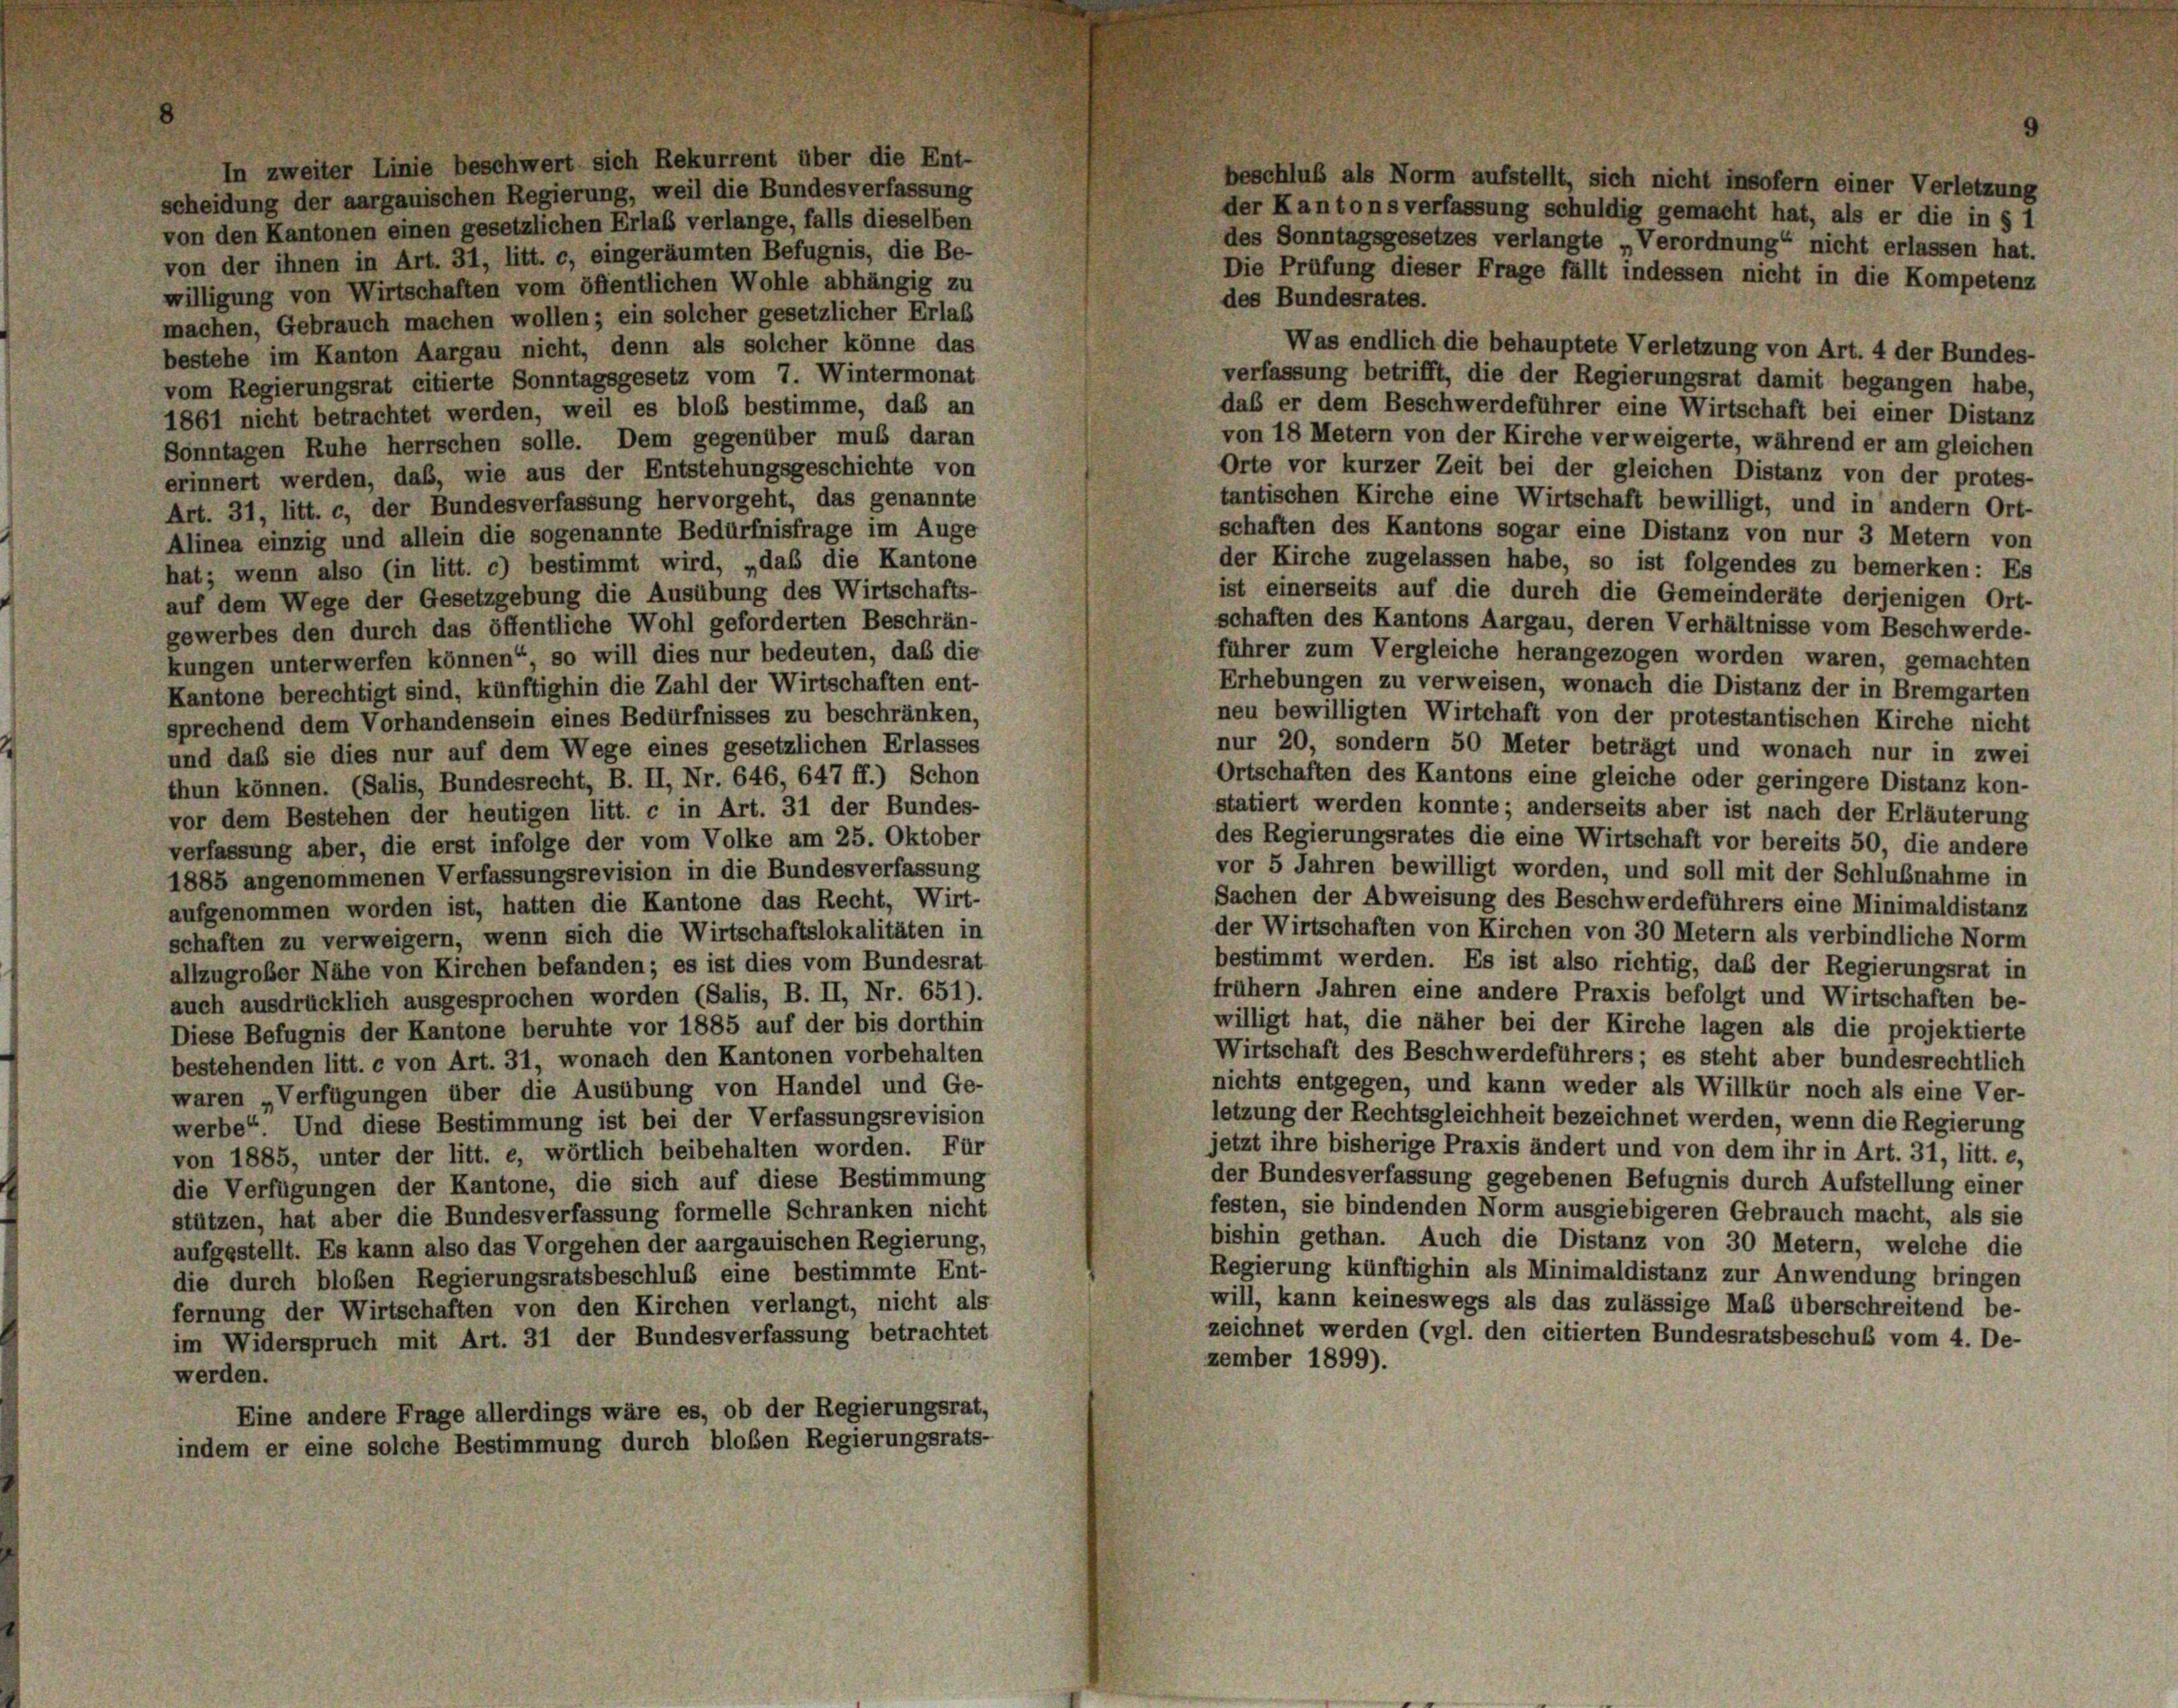
In zweiter Linie beschwert sich Rekurrent über die Ent-
beschluß als Norm aufstellt, sich nicht insofern einer Verletzung
scheidung der aargauischen Regierung, weil die Bundesverfassung
der Kantons verfassung schuldig gemacht hat, als er die in § 1
von den Kantonen einen gesetzlichen Erlaß verlange, falls dieselben
des Sonntagsgesetzes verlangte Verordnung“ nicht erlassen hat.
von der ihnen in Art. 31, litt. c, eingeräumten Befugnis, die Be-
Die Prüfung dieser Frage fällt indessen nicht in die Kompetenz
willigung von Wirtschaften vom öffentlichen Wohle abhängig zu
des Bundesrates.
machen, Gebrauch machen wollen; ein solcher gesetzlicher Erlaß
Was endlich die behauptete Verletzung von Art. 4 der Bundes-
bestehe im Kanton Aargau nicht, denn als solcher könne das
verfassung betrifft, die der Regierungsrat damit begangen habe,
vom Regierungsrat citierte Sonntagsgesetz vom 7. Wintermonat
das er dem Beschwerdeführer eine Wirtschaft bei einer Distanz
1861 nicht betrachtet werden, weil es bloß bestimme, daß an
von 18 Metern von der Kirche verweigerte, während er am gleichen
Sonntagen Ruhe herrschen solle. Dem gegenüber muß daran
Orte vor kurzer Zeit bei der gleichen Distanz von der protes-
erinnert werden, das, wie aus der Entstehungsgeschichte von
tantischen Kirche eine Wirtschaft bewilligt, und in andern Ort-
Art. 31, litt. c, der Bundesverfassung hervorgeht, das genannte
schaften des Kantons sogar eine Distanz von nur 3 Metern von
Alinea einzig und allein die sogenannte Bedürfnisfrage im Auge
der Kirche zugelassen habe, so ist folgendes zu bemerken: Es
hat; wenn also (in litt. c) bestimmt wird, „daß die Kantone
ist einerseits auf die durch die Gemeinderäte derjenigen Ort-
auf dem Wege der Gesetzgebung die Ausübung des Wirtschafts-
schaften des Kantons Aargau, deren Verhältnisse vom Beschwerde-
gewerbes den durch das öffentliche Wohl geforderten Beschrän-
führer zum Vergleiche herangezogen worden waren, gemachten
kungen unterwerfen können“ so will dies nur bedeuten, daß die
Erhebungen zu verweisen, wonach die Distanz der in Bremgarten
Kantone berechtigt sind, künftighin die Zahl der Wirtschaften ent-
neu bewilligten Wirtchaft von der protestantischen Kirche nicht
sprechend dem Vorhandensein eines Bedürfnisses zu beschränken,
nur 20, sondern 50 Meter beträgt und wonach nur in zwei
und daß sie dies nur auf dem Wege eines gesetzlichen Erlasses
Ortschaften des Kantons eine gleiche oder geringere Distanz kon-
thun können. (Salis, Bundesrecht, B. II, Nr. 646, 647 ff.) Schon
statiert werden konnte; anderseits aber ist nach der Erläuterung
vor dem Bestehen der heutigen litt. c in Art. 31 der Bundes-
des Regierungsrates die eine Wirtschaft vor bereits 50, die andere
verfassung aber, die erst infolge der vom Volke am 25. Oktober
vor 5 Jahren bewilligt worden, und soll mit der Schlußnahme in
1885 angenommenen Verfassungsrevision in die Bundesverfassung
Sachen der Abweisung des Beschwerdeführers eine Minimaldistanz
aufgenommen worden ist, hatten die Kantone das Recht, Wirt-
der Wirtschaften von Kirchen von 30 Metern als verbindliche Norm
schaften zu verweigern, wenn sich die Wirtschaftslokalitäten in
bestimmt werden. Es ist also richtig, daß der Regierungsrat in
allzugrober Nähe von Kirchen befanden; es ist dies vom Bundesrat
frühem Jahren eine andere Praxis befolgt und Wirtschaften be-
auch ausdrücklich ausgesprochen worden (Salis, B. II, Nr. 651).
willigt hat, die näher bei der Kirche lagen als die projektierte
Diese Befugnis der Kantone beruhte vor 1885 auf der bis dorthin
Wirtschaft des Beschwerdeführers; es steht aber bundesrechtlich
bestehenden litt. c von Art. 31, wonach den Kantonen vorbehalten
nichts entgegen, und kann weder als Willkür noch als eine Ver-
waren Verfügungen über die Ausübung von Handel und Ge-
letzung der Rechtsgleichheit bezeichnet werden, wenn die Regierung
werbe“. Und diese Bestimmung ist bei der Verfassungsrevision
jetzt ihre bisherige Praxis ändert und von dem ihr in Art. 31, litt. e,
von 1885, unter der litt. e, wörtlich beibehalten worden. Für
der Bundesverfassung gegebenen Befugnis durch Aufstellung einer
die Verfügungen der Kantone, die sich auf diese Bestimmung
festen, sie bindenden Norm ausgiebigeren Gebrauch macht, als sie
stützen, hat aber die Bundesverfassung formelle Schranken nicht
bishin gethan. Auch die Distanz von 30 Metern, welche die
aufgestellt. Es kann also das Vorgehen der aargauischen Regierung,
Regierung künftighin als Minimaldistanz zur Anwendung bringen
die durch bloßen Regierungsratsbeschluß eine bestimmte Ent-
will, kann keineswegs als das zulässige Maß überschreitend be-
fernung der Wirtschaften von den Kirchen verlangt, nicht als
zeichnet werden (vgl. den citierten Bundesratsbeschuß vom 4. De-
im Widerspruch mit Art. 31 der Bundesverfassung betrachtet
zember 1899).
werden.
Eine andere Frage allerdings wäre es, ob der Regierungsrat,
indem er eine solche Bestimmung durch bloßen Regierungsrats-